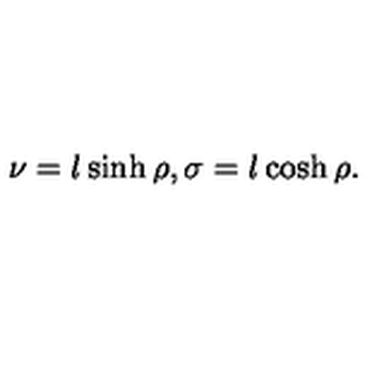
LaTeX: \nu = l \sinh \rho , \sigma = l \cosh \rho .